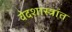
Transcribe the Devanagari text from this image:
वेदशास्त्रांत